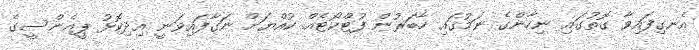
އެނގިފައިވާ ގޮތުގައި ނިހާންގެ ނަމުގައި ހާބަރުން ފުޓްކޯޓެއް ކުއްޔަށް ނަގާފައިވަނީ އިދިކޮޅު ޕީއެންސީގެ